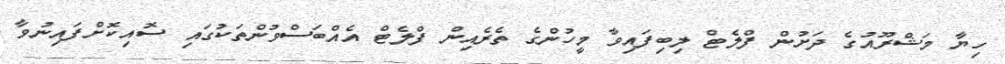
ހިޔާ މަޝްރޫއުގެ ދަށުން ފްލެޓް ލިބިފައިވާ މީހުންގެ ތެރެއިން ފްލެޓް އެއްބަސްވުންތަކުގައި ސޮއިކޮށްފައިނުވާ